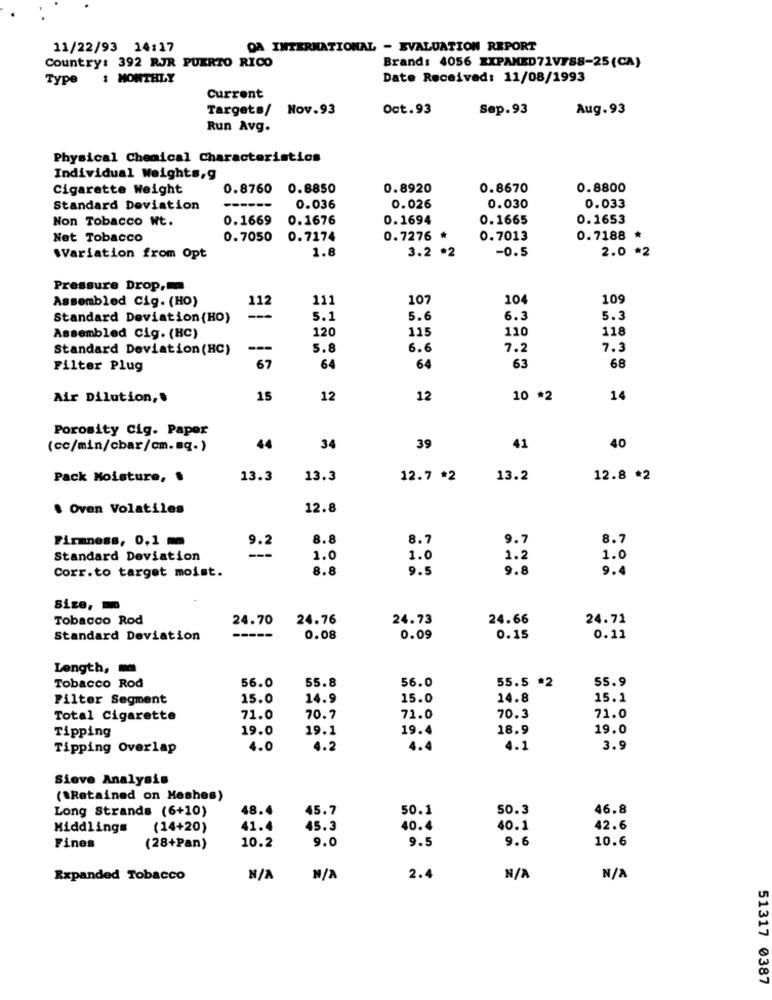
11/22/93 14:17
DA INTERNATIONAL - EVALUATION REPORT
Country: 392 RJR PUERTO RICO
Brand: 4056 EXPANED71VFS8-25(CA)
Type : MONTHLY
Date Received: 11/08/1993
Current
Targets/ Nov.93
Oct.93
Sep.93
Aug.93
Run Avg.
Physical Chemical Characteristics
Individual Weights,g
Cigarette Weight
0.8760
0.8850
0.8920
0.8670
0.8800
0.033
Standard Deviation
0.036
0.026
0.030
Non Tobacco Wt.
0.1669
0.1676
0.1694
0.1665
0.1653
Net Tobacco
0.7050
0.7174
0.7276 *
0.7013
0.7188 *
1.8
3.2 *2
-0.5
2.0 *2
.Variation from Opt
Pressure Drop,m
Assembled Cig. (HO)
112
111
107
104
109
Standard Deviation (HO)
---
5.1
5.6
6.3
5.3
120
115
110
118
Assembled Cig. (HC)
Standard Deviation (HC)
---
5.8
6.6
7.2
7.3
67
63
Filter Plug
64
64
68
Air Dilution ,.
15
12
12
10 *2
14
Porosity Cig. Paper
(cc/min/cbar/cm.mq.)
44
34
39
41
40
Pack Moisture, $
13.3
13.3
12.7 *2
13.2
12.8 *2
. Oven Volatiles
12.8
Firmness, 0,1 m
8.8
8.7
9.7
8.7
9.2
Standard Deviation
1.0
1.0
1.2
1.0
Corr.to target moist.
8.8
9.5
9.8
9.4
Size,m
Tobacco Rod
24.70
24.76
24.73
24.66
24.71
Standard Deviation
0.08
0.09
0.15
0.11
Length,
55.5 *2
55.9
Tobacco Rod
56.0
55.8
56.0
Filter Segment
15.0
14.9
15.0
14.8
15.1
71.0
Total Cigarette
71.0
70.7
71.0
70.3
Tipping
19.0
19.1
19.4
18.9
19.0
Tipping Overlap
4.0
4.2
4.4
4.1
3.9
Sieve Analysis
(*Retained on Meshes)
Long Strands (6+10)
48.4
45.7
50.1
50.3
46.8
Middlings
(14+20)
41.4
45.3
40.4
40.1
42.6
10.2
9.0
9.5
9.6
10.6
Fines
(28+Pan)
Expanded Tobacco
2.4
51317 0387